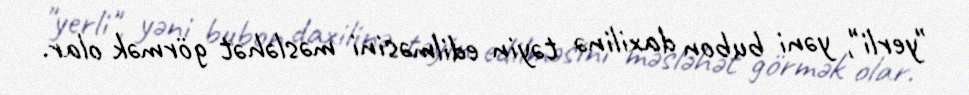
"yerli", yəni bubon daxilinə təyin edilməsini məsləhət görmək olar.